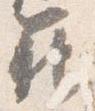
範